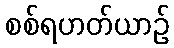
စစ်ရဟတ်ယာဉ်